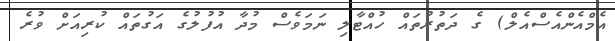
އެމްއެންއެސްއެލް) ގެ ދަތުރުތައް ހުއްޓާލި ނަމަވެސް މުދާ އުފުލުގެ އަގުތައް ކުރިއަށް ވުރެ